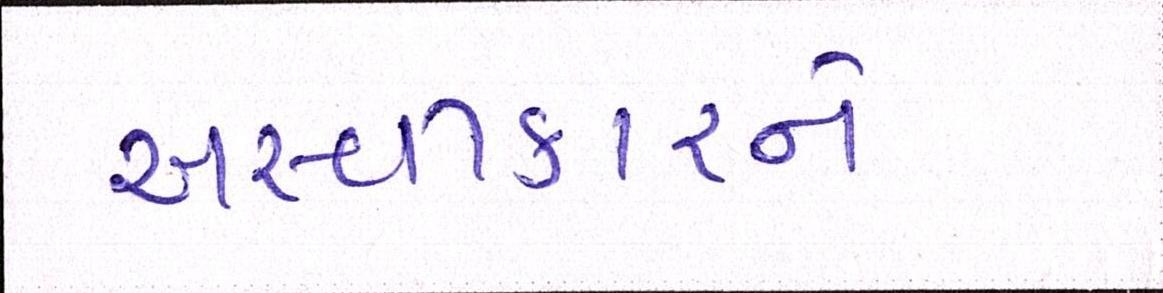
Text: અસ્વીકારને